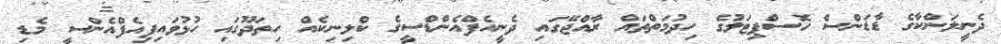
ދެނީލަންކާގެ ޑާޑަންސް ހޮސްޕިޓަލުގެ ހިދުމަތްތައް ރާއްޖޭގައި ދެނީއެފްއެންޑްސީގެ ކްލިނިކެއް ހިތަދޫގައި ހުޅުވައިފިއެފްއެންސީ މެޑި